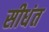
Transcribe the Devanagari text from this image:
सीधंत